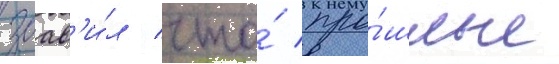
заав'и́л / что́ про́шлые